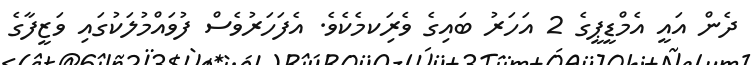
ދެން އައީ އެމްޑީޕީގެ 2 އަހަރު ބައިގެ ވެރިަކމެކެވެ. އެފަހަރުވެސް ފުވައްމުލަކުގައި ވަޒީފާގެ